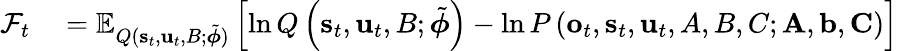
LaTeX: \begin{array}{rl}{\mathcal{F}_{t}}&{{}=\mathbb{E}_{Q(\mathbf{s}_{t},\mathbf{u}_{t},B;\tilde{\boldsymbol{\phi}})}\left[\ln Q\left(\mathbf{s}_{t},\mathbf{u}_{t},B;\tilde{\boldsymbol{\phi}}\right)-\ln P\left(\mathbf{o}_{t},\mathbf{s}_{t},\mathbf{u}_{t},A,B,C;\mathbf{A},\mathbf{b},\mathbf{C}\right)\right]}\end{array}